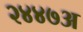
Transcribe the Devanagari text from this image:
२४४७अ